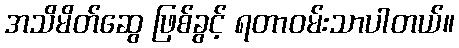
အသိမိတ်ဆွေ ဖြစ်ခွင့် ရတာဝမ်းသာပါတယ်။